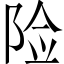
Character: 险